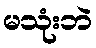
မသုံးဘဲ